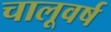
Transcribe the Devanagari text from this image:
चालूवर्ष